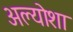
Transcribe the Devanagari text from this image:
अल्योशा